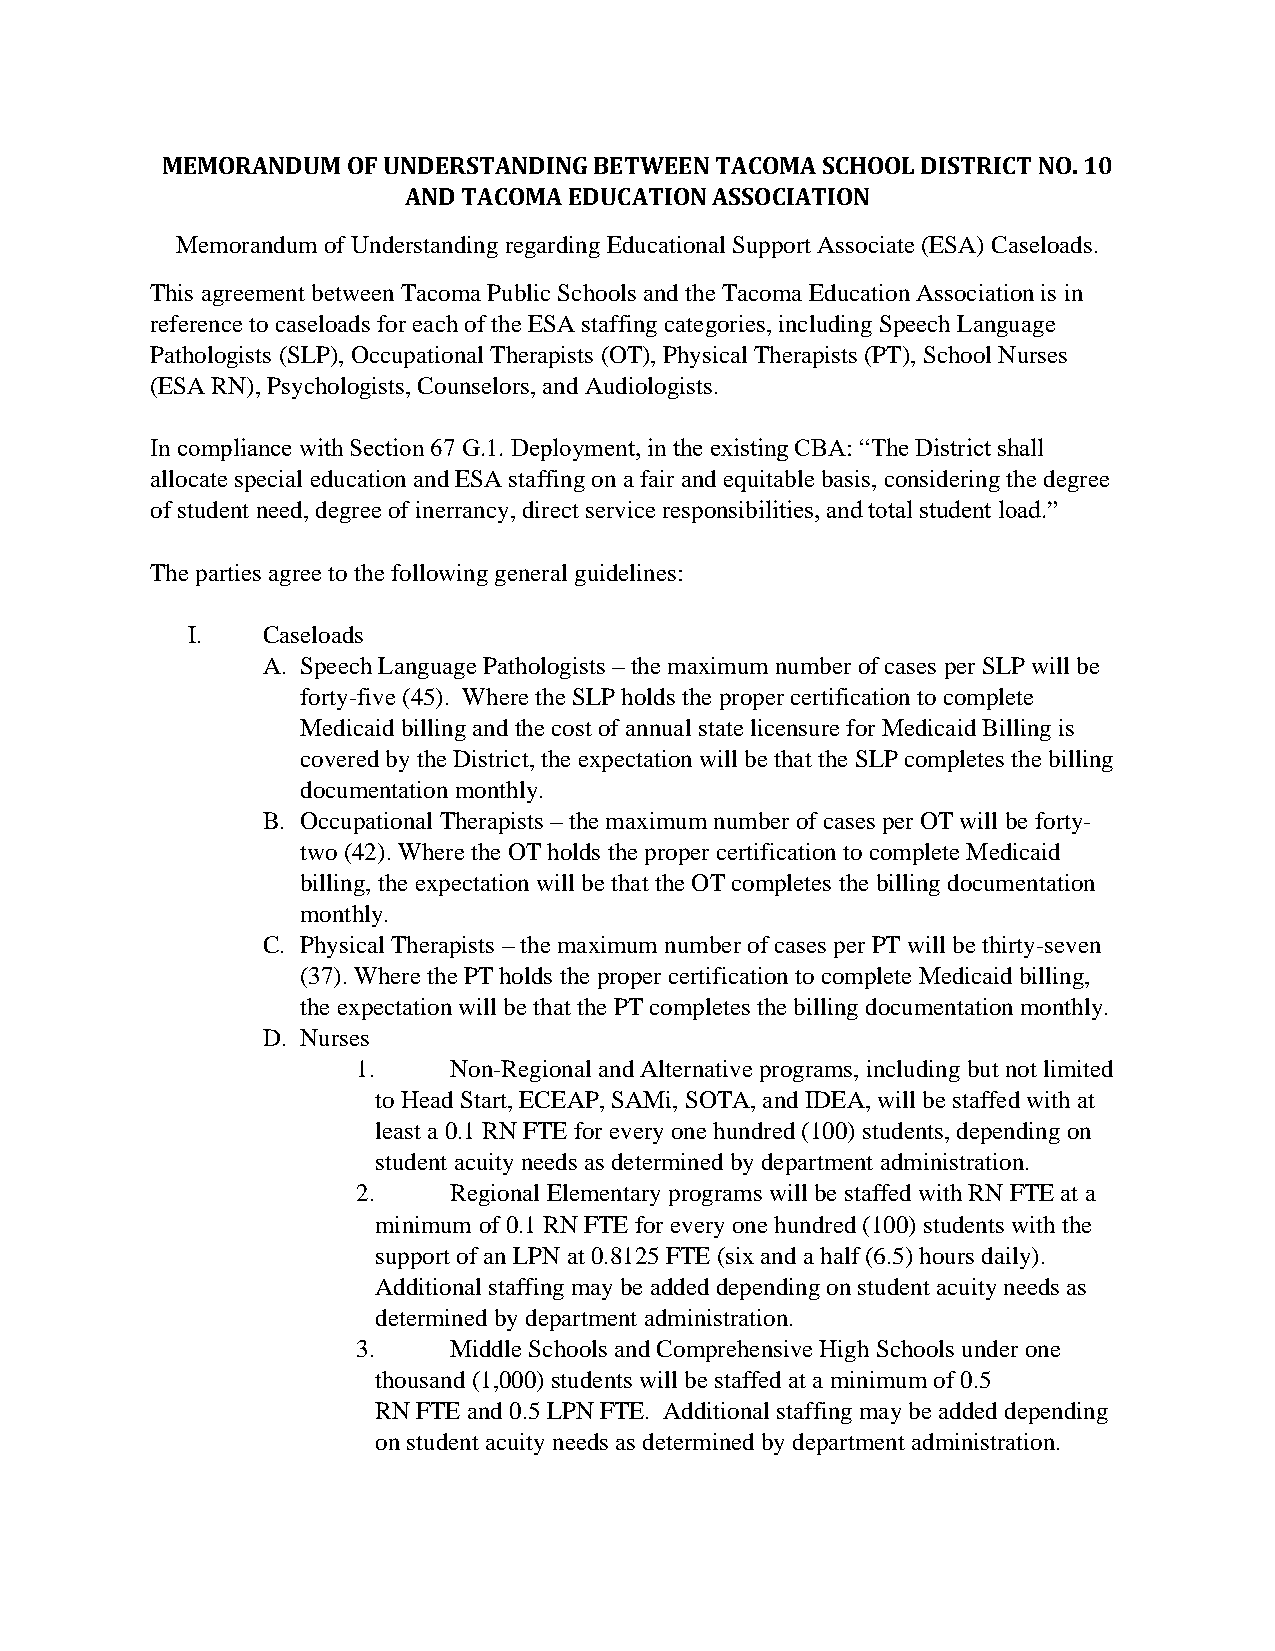
MEMORANDUM  OF UNDERSTANDING BETWEEN TACOMA SCHOOL DISTRICT NO. 10
 AND TACOMA EDUCATION ASSOCIATION
 Memorandum of Understanding regarding Educational Support Associate (ESA) Caseloads.
 This agreement between Tacoma Public Schools and the Tacoma Education Association is in
 reference to caseloads for each of the ESA staffing categories, including Speech Language
 Pathologists (SLP), Occupational Therapists (OT), Physical Therapists (PT), School Nurses
 (ESA RN), Psychologists, Counselors, and Audiologists.
 In compliance with Section 67 G.1. Deployment, in the existing CBA: “The District shall
 allocate special education and ESA staffing on a fair and equitable basis, considering the degree
 of student need, degree of inerrancy, direct service responsibilities, and total student load.”
 The parties agree to the following general guidelines:
 I.   Caseloads
 A. Speech Language Pathologists – the maximum number of cases per SLP will be
 forty-five (45). Where the SLP holds the proper certification to complete
 Medicaid billing and the cost of annual state licensure for Medicaid Billing is
 covered by the District, the expectation will be that the SLP completes the billing
 documentation monthly.
 B. Occupational Therapists – the maximum number of cases per OT will be forty-
 two (42). Where the OT holds the proper certification to complete Medicaid
 billing, the expectation will be that the OT completes the billing documentation
 monthly.
 C. Physical Therapists – the maximum number of cases per PT will be thirty-seven
 (37). Where the PT holds the proper certification to complete Medicaid billing,
 the expectation will be that the PT completes the billing documentation monthly.
 D. Nurses
 1.    Non-Regional and Alternative programs, including but not limited
 to Head Start, ECEAP, SAMi, SOTA, and IDEA, will be staffed with at
 least a 0.1 RN FTE for every one hundred (100) students, depending on
 student acuity needs as determined by department administration.
 2.    Regional Elementary programs will be staffed with RN FTE at a
 minimum of 0.1 RN FTE for every one hundred (100) students with the
 support of an LPN at 0.8125 FTE (six and a half (6.5) hours daily).
 Additional staffing may be added depending on student acuity needs as
 determined by department administration.
 3.    Middle Schools and Comprehensive High Schools under one
 thousand (1,000) students will be staffed at a minimum of 0.5
 RN FTE and 0.5 LPN FTE. Additional staffing may be added depending
 on student acuity needs as determined by department administration.